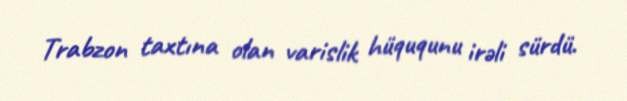
Trabzon taxtına olan varislik hüququnu irəli sürdü.